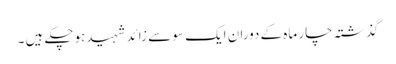
گذشتہ چار ماہ کے دوران ایک سو سے زائد شہیدہوچکے ہیں ۔